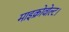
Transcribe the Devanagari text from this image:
माइक्रोवोल्ट।